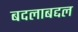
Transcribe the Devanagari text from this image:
बदलाबद्दल